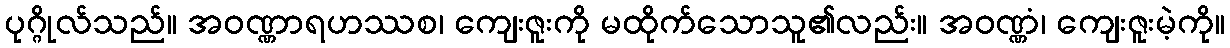
ပုဂ္ဂိုလ်သည်။ အဝဏ္ဏာရဟဿစ၊ ကျေးဇူးကို မထိုက်သောသူ၏လည်း။ အဝဏ္ဏံ၊ ကျေးဇူးမဲ့ကို။